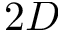
2 D